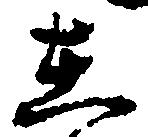
在